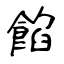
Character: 餡